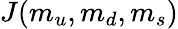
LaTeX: J(m_{u},m_{d},m_{s})